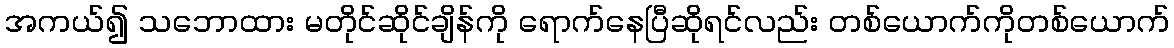
အကယ်၍ သဘောထား မတိုင်ဆိုင်ချိန်ကို ရောက်နေပြီဆိုရင်လည်း တစ်ယောက်ကိုတစ်ယောက်